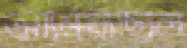
আনিয়াছিলি